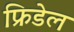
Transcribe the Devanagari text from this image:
फ्रिडेल